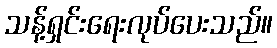
သန့်ရှင်းရေးလုပ်ပေးသည်။